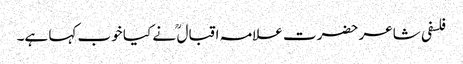
فلسفی شاعر حضرت علامہ اقبال ؒ نے کیا خوب کہا ہے۔